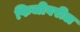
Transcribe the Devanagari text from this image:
फिजीवरील